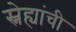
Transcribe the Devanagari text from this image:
स्नेह्यांची